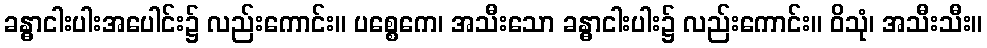
ခန္ဓာငါးပါးအပေါင်း၌ လည်းကောင်း။ ပစ္စေကေ၊ အသီးသော ခန္ဓာငါးပါး၌ လည်းကောင်း။ ဝိသုံ၊ အသီးသီး။